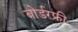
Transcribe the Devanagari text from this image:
बोर्डरफ्री